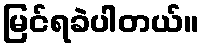
မြင်ရခဲပါတယ်။